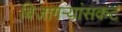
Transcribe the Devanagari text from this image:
बिजागऱ्यांसकट